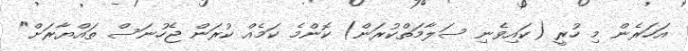
އަހަރެން މި ހުރީ (ކައިވެނި ސަލާމަތްކުރަން) ކޮންމެ ކަމެއް ކުރަން ޖެހުނަސް ތައްޔާރަށް"